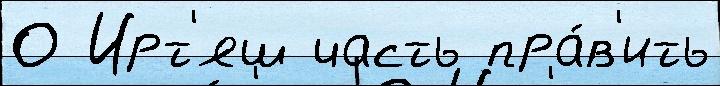
О Ирт'яш часть пра́в'ить